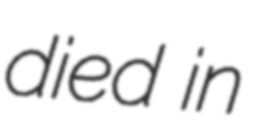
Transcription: died in